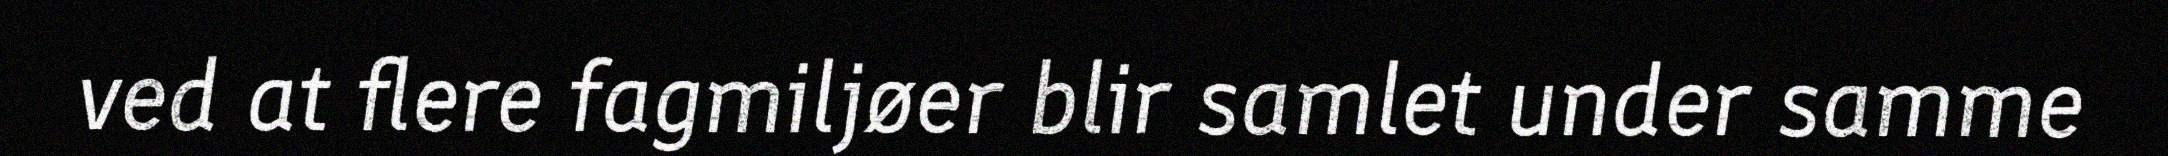
ved at flere fagmiljøer blir samlet under samme